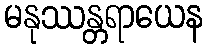
မနုဿန္တရာယေန